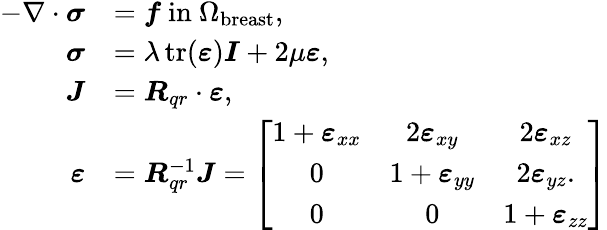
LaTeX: \begin{array}{rl}{-\nabla\cdot\boldsymbol{\sigma}}&{=\boldsymbol{f}\mathrm{~in~}\Omega_{\mathrm{breast}},}\\ {\boldsymbol{\sigma}}&{=\lambda\operatorname{tr}(\boldsymbol{\varepsilon})\boldsymbol{I}+2\mu\boldsymbol{\varepsilon},}\\ {\boldsymbol{J}}&{=\boldsymbol{R}_{qr}\cdot\boldsymbol{\varepsilon},}\\ {\boldsymbol{\varepsilon}}&{=\boldsymbol{R}_{qr}^{-1}\boldsymbol{J}=\left[\begin{array}{ccc}{1+\boldsymbol{\varepsilon}_{xx}}&{2\boldsymbol{\varepsilon}_{xy}}&{2\boldsymbol{\varepsilon}_{xz}}\\ {0}&{1+\boldsymbol{\varepsilon}_{yy}}&{2\boldsymbol{\varepsilon}_{yz}.}\\ {0}&{0}&{1+\boldsymbol{\varepsilon}_{zz}}\end{array}\right]}\end{array}